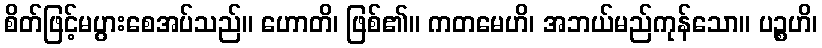
စိတ်ဖြင့်မပွားစေအပ်သည်။ ဟောတိ၊ ဖြစ်၏။ ကတမေဟိ၊ အဘယ်မည်ကုန်သော။ ပဉ္စဟိ၊